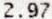
2.97